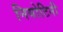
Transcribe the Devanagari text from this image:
नियोटिनी